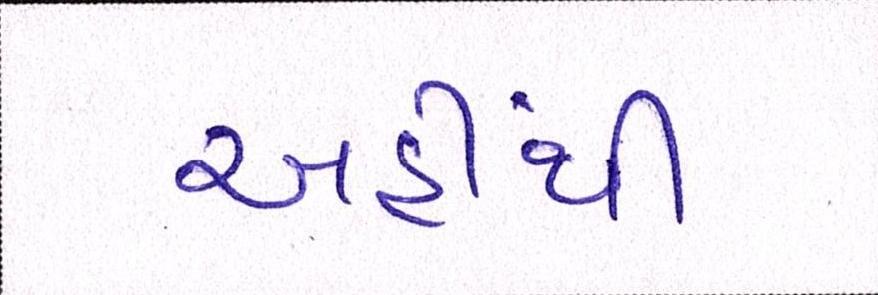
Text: અહીંથી